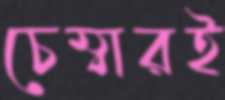
চেম্বারই